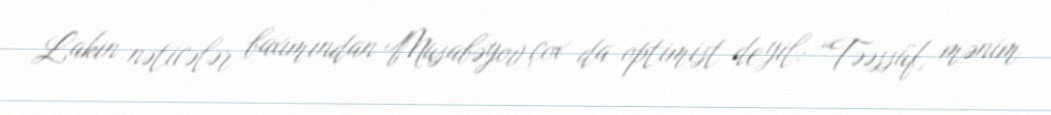
Lakin nəticələr baxımından Musabəyov çox da optimist deyil: “Təəssüf, mənim